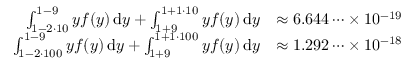
\begin{array} { r l } { \int _ { 1 - 2 \cdot 1 0 } ^ { 1 - 9 } y f ( y ) \, \mathrm { d } y + \int _ { 1 + 9 } ^ { 1 + 1 \cdot 1 0 } y f ( y ) \, \mathrm { d } y } & { \approx 6 . 6 4 4 \dots \times 1 0 ^ { - 1 9 } } \\ { \int _ { 1 - 2 \cdot 1 0 0 } ^ { 1 - 9 } y f ( y ) \, \mathrm { d } y + \int _ { 1 + 9 } ^ { 1 + 1 \cdot 1 0 0 } y f ( y ) \, \mathrm { d } y } & { \approx 1 . 2 9 2 \dots \times 1 0 ^ { - 1 8 } } \end{array}